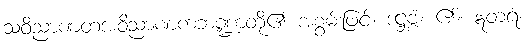
သဝိညာဏတအဝိညာဏကဘဏ္ဍာတို့၏ အစွမ်းဖြင့်။ ဒဋ္ဌဗ္ဗံ၊ ၏။ ဣတရံ၊